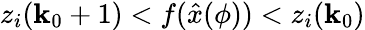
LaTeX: z_{i}(\mathbf{k}_{0}+1)<f(\hat{{x}}(\phi))<z_{i}(\mathbf{k}_{0})